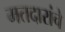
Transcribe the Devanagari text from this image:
मतदारांचे